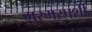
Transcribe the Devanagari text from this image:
मरमस्पर्शी